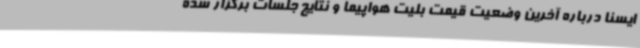
ایسنا درباره آخرین وضعیت قیمت بلیت هواپیما و نتایج جلسات برگزار شده